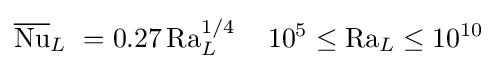
{\overline {\mathrm {Nu} }}_{L}\ =0.27\,\mathrm {Ra} _{L}^{1/4}\,\quad 10^{5}\leq \mathrm {Ra} _{L}\leq 10^{10}